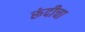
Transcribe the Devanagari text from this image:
रूंदीचा